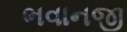
ભવાનજી